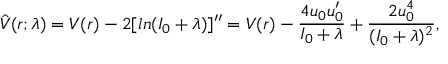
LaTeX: \hat { V } ( r ; \lambda ) = V ( r ) - 2 [ l n ( I _ { 0 } + \lambda ) ] ^ { \prime \prime } = V ( r ) - \frac { 4 u _ { 0 } u _ { 0 } ^ { \prime } } { I _ { 0 } + \lambda } + \frac { 2 u _ { 0 } ^ { 4 } } { ( I _ { 0 } + \lambda ) ^ { 2 } } ,